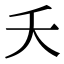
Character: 夭